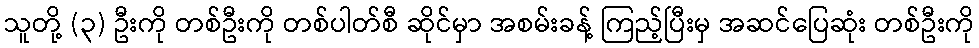
သူတို့ (၃) ဦးကို တစ်ဦးကို တစ်ပါတ်စီ ဆိုင်မှာ အစမ်းခန့် ကြည့်ပြီးမှ အဆင်ပြေဆုံး တစ်ဦးကို